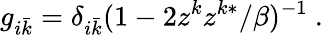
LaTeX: g_{i\bar{k}}=\delta_{i\bar{k}}(1-2z^{k}z^{k*}/\beta)^{-1}\ .